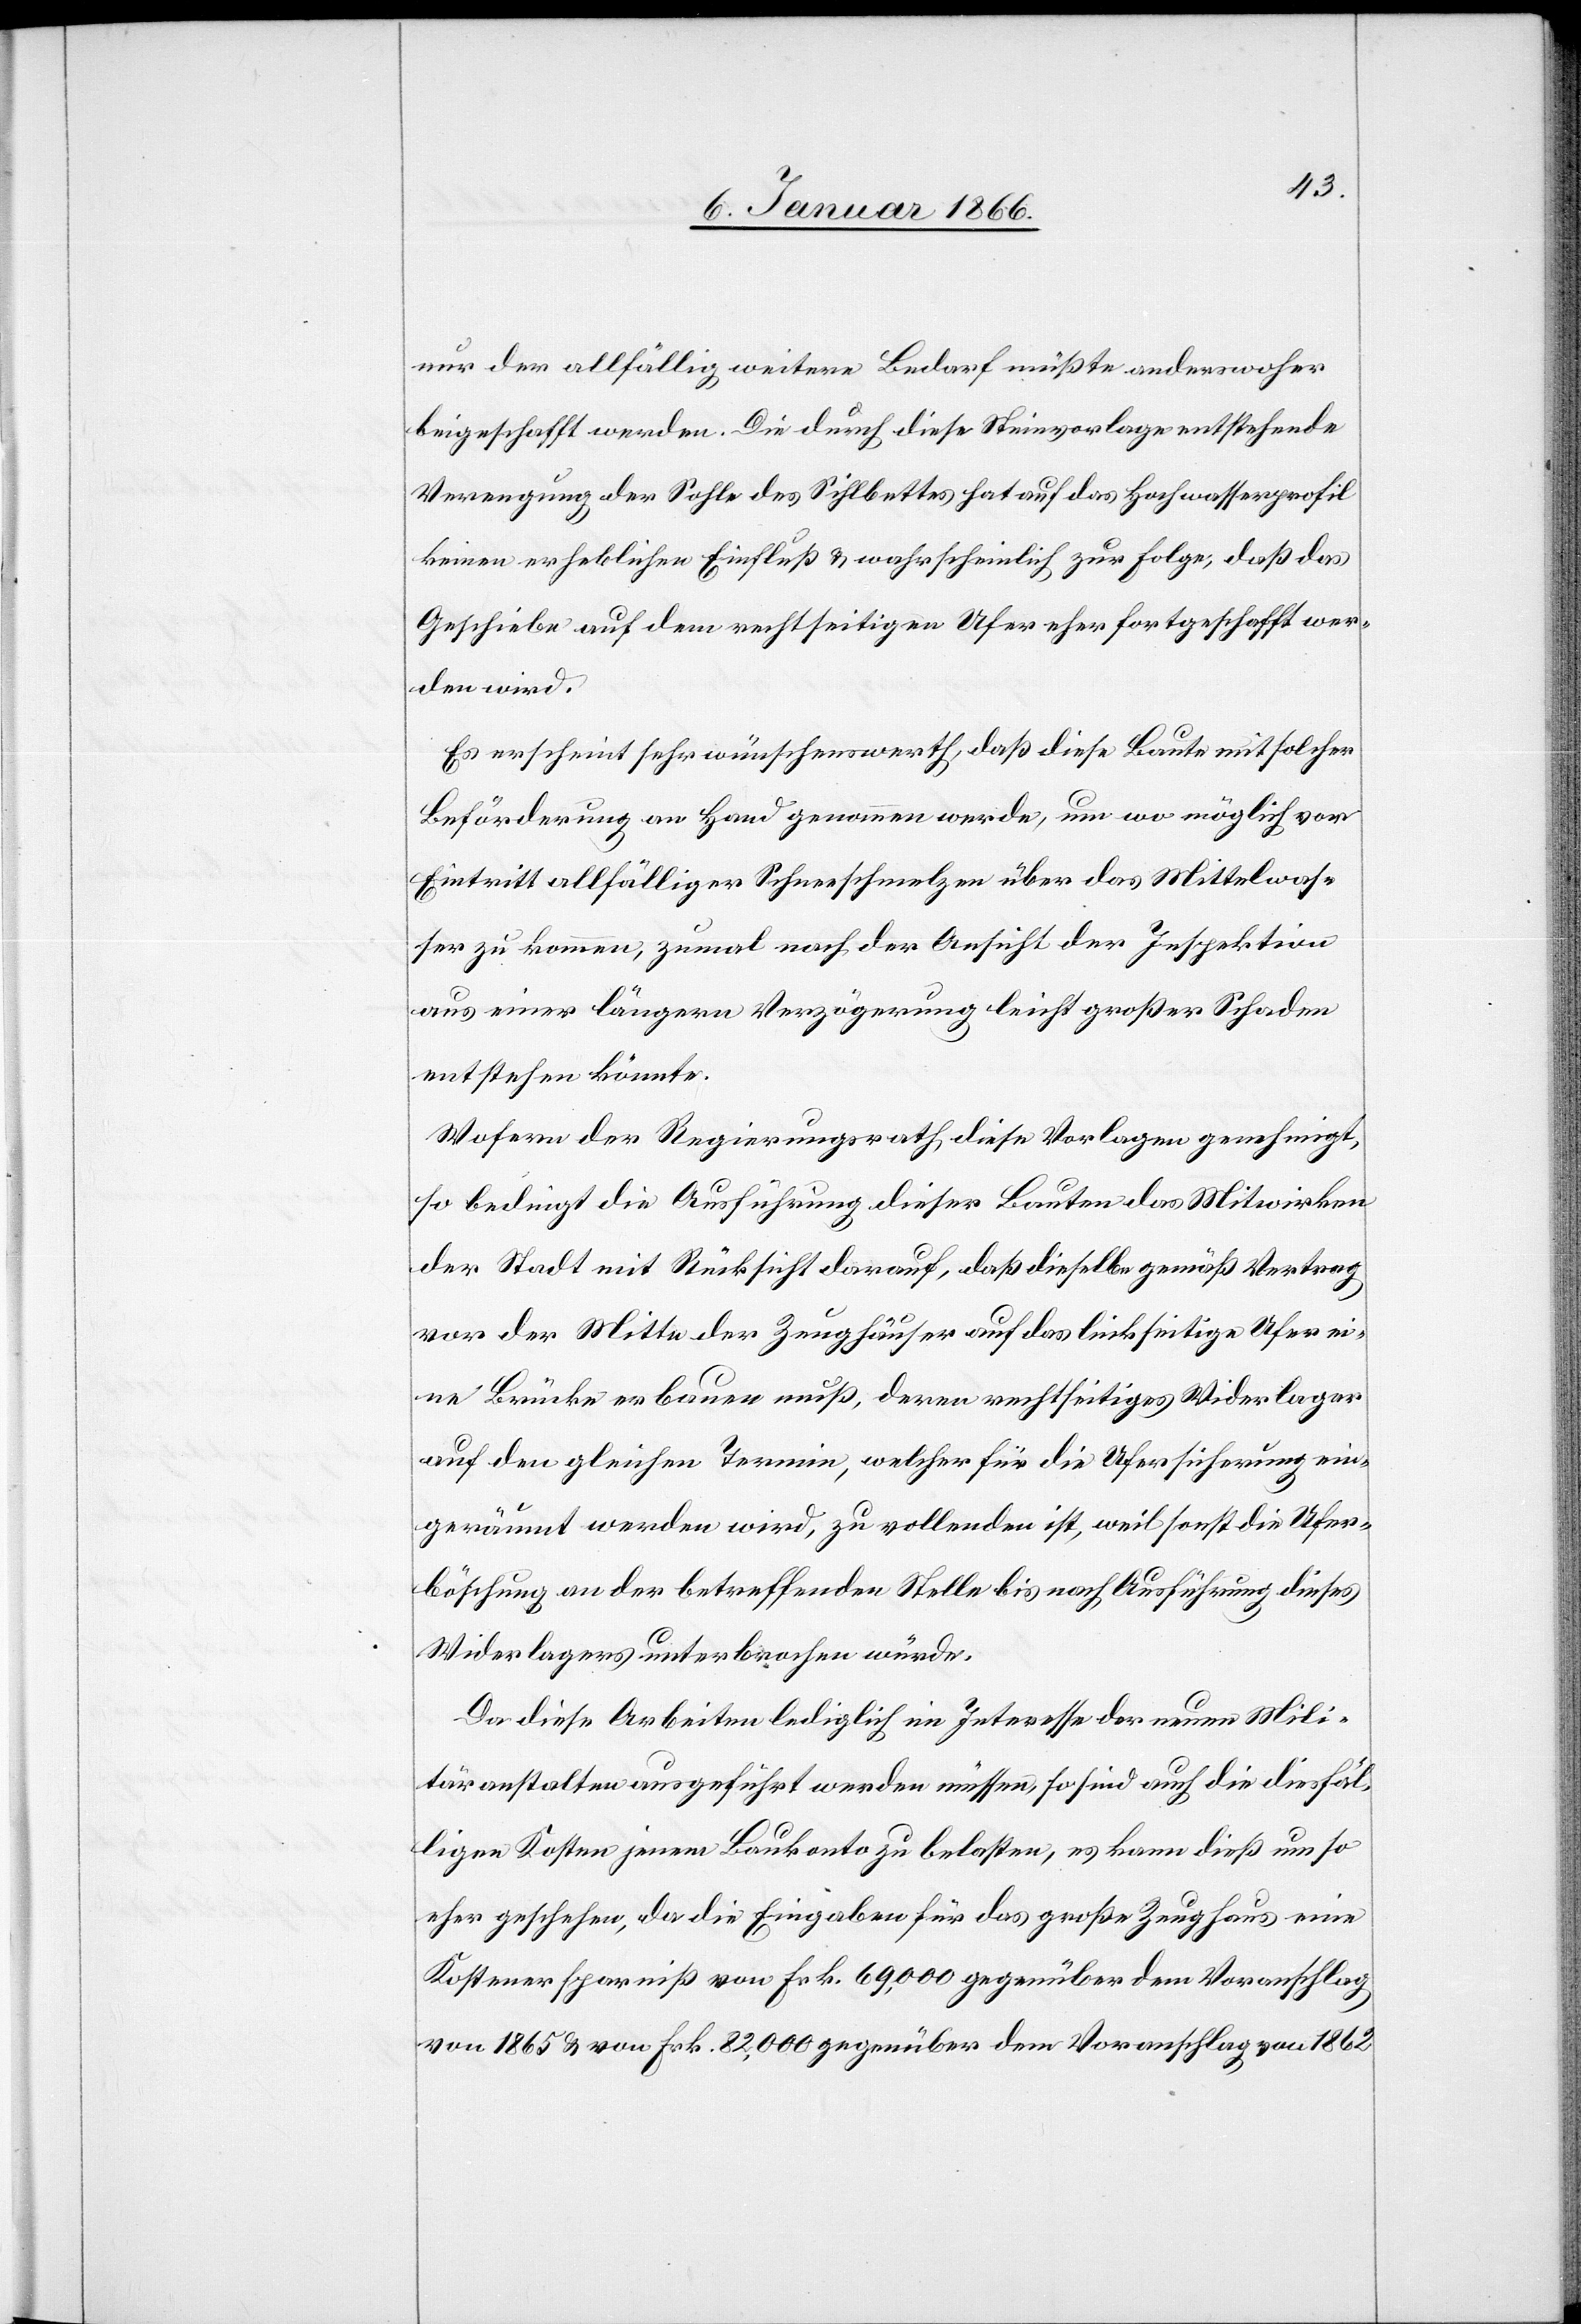
nur der allfällig weitere Bedarf müßte anderswoher
beigeschafft werden. Die durch diese Steinvorlage entstehende
Verengung der Sohle des Sihlbettes hat auf das Hochwasserprofil
keinen erheblichen Einfluß u. wahrscheinlich zur Folge, daß das
Geschiebe auf dem rechtseitigen Ufer eher fortgeschafft wer¬
den wird.
Es erscheint sehr wünschenswert, daß diese Baute mit solcher
Beförderung an Hand genommen werde, um wo möglich vor
Eintritt allfälliger Schneeschmelzen über das Mittelwas¬
ser zu kommen, zumal nach der Ansicht der Inspektion
aus einer längern Verzögerung leicht großer Schaden
entstehen könnte.
Wofern der Regierungsrath diese Vorlage genehmigt,
so bedingt die Ausführung dieser Bauten das Mitwirken
der Stadt mit Rücksicht darauf, daß dieselbe gemäß Vertrag
vor der Mitte der Zeughäuser auf das linksseitige Ufer ei¬
ne Brücke erbauen muß, deren rechtseitiges Widerlager
auf den gleichen Termin, welcher für die Ufersicherung ein¬
geräumt werden wird, zu vollenden ist, weil sonst die Ufer¬
böschung an der betreffenden Stelle bis auf Ausführung dieses
Widerlagers unterbrochen würde.
Da diese Arbeiten lediglich im Interesse der neuen Mili¬
täranstalten ausgeführt werden müssen, so sind auch die diesfäl¬
ligen Kosten jenem Baukonto zu belasten, es kann dieß um so
eher geschehen, da die Eingaben für das große Zeughaus eine
Kostenersparniß von Frk. 69,000 gegenüber dem Voranschlag
von 1865 von Frk. 82 000 gegenüber dem Voranschlag von 1862